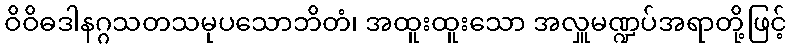
ဝိဝိဓဒါနဂ္ဂသတသမုပသောဘိတံ၊ အထူးထူးသော အလှူမဏ္ဍပ်အရာတို့ဖြင့်